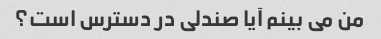
من می بینم آیا صندلی در دسترس است؟